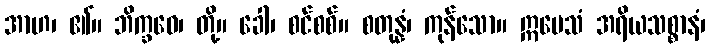
အာဟ၊ ၏။ ဘိက္ခဝေ၊ တို့။ ခေါ၊ စင်စစ်။ စတုန္နံ၊ ကုန်သော။ ဣမေသံ အရိယသစ္စာနံ၊